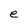
Character: e